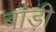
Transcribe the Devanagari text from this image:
बांड़ी